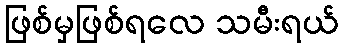
ဖြစ်မှဖြစ်ရလေ သမီးရယ်